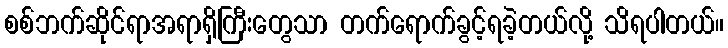
စစ်ဘက်ဆိုင်ရာအရာရှိကြီးတွေသာ တက်ရောက်ခွင့်ရခဲ့တယ်လို့ သိရပါတယ်။